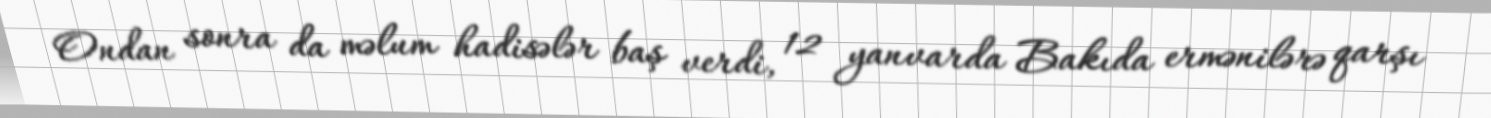
Ondan sonra da məlum hadisələr baş verdi, 12 yanvarda Bakıda ermənilərə qarşı